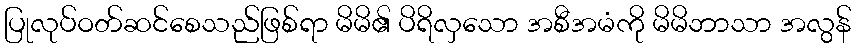
ပြုလုပ်ဝတ်ဆင်စေသည်ဖြစ်ရာ မိမိ၏ ပိရိလှသော အစီအမံကို မိမိဘာသာ အလွန်